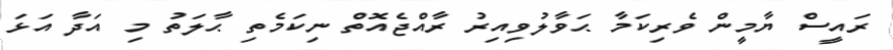
ރައީސް ޔާމީން ވެރިކަމާ ޙަވާލުވިއިރު ރާއްޖެއޮތް ނިކަމެތި ޙާލަތު މި އަދާ އަޅަ